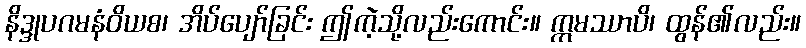
နိဒ္ဒုပဂမနံဝိယစ၊ အိပ်ပျော်ခြင်း ဤကဲ့သို့လည်းကောင်း။ ဣမဿာပိ၊ ထွန်၏လည်း။